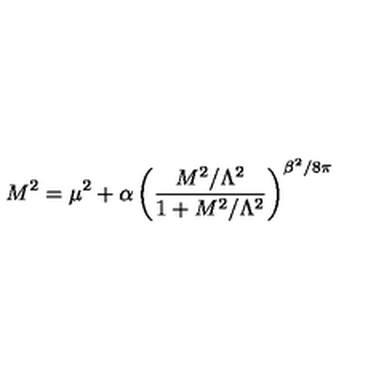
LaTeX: M ^ { 2 } = \mu ^ { 2 } + \alpha \left( \frac { M ^ { 2 } / \Lambda ^ { 2 } } { 1 + M ^ { 2 } / \Lambda ^ { 2 } } \right) ^ { \beta ^ { 2 } / 8 \pi }